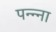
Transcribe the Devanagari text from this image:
पन्‍न्‍ना